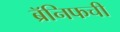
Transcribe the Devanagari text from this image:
ब्रॅनिफची